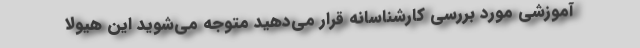
آموزشی مورد بررسی کارشناسانه قرار می‌دهید متوجه می‌شوید این هیولا